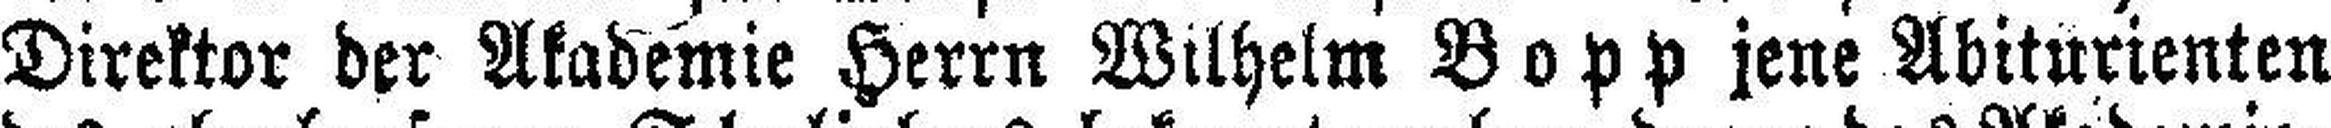
Direktor der Akademie Herrn Wilhelm Bopp jene Abiturienten